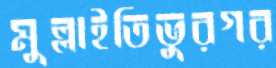
মুল্লাইতিভুরগর